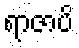
ရာဇာပိ